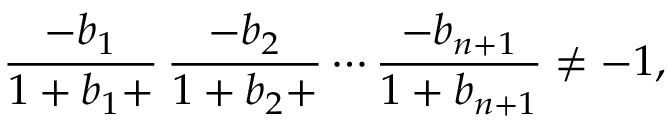
{ \frac { - b _ { 1 } } { 1 + b _ { 1 } + } } \, { \frac { - b _ { 2 } } { 1 + b _ { 2 } + } } \cdots { \frac { - b _ { n + 1 } } { 1 + b _ { n + 1 } } } \neq - 1 ,